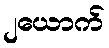
၂ယောက်